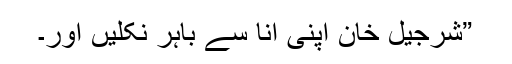
”شرجیل خان اپنی انا سے باہر نکلیں اور۔